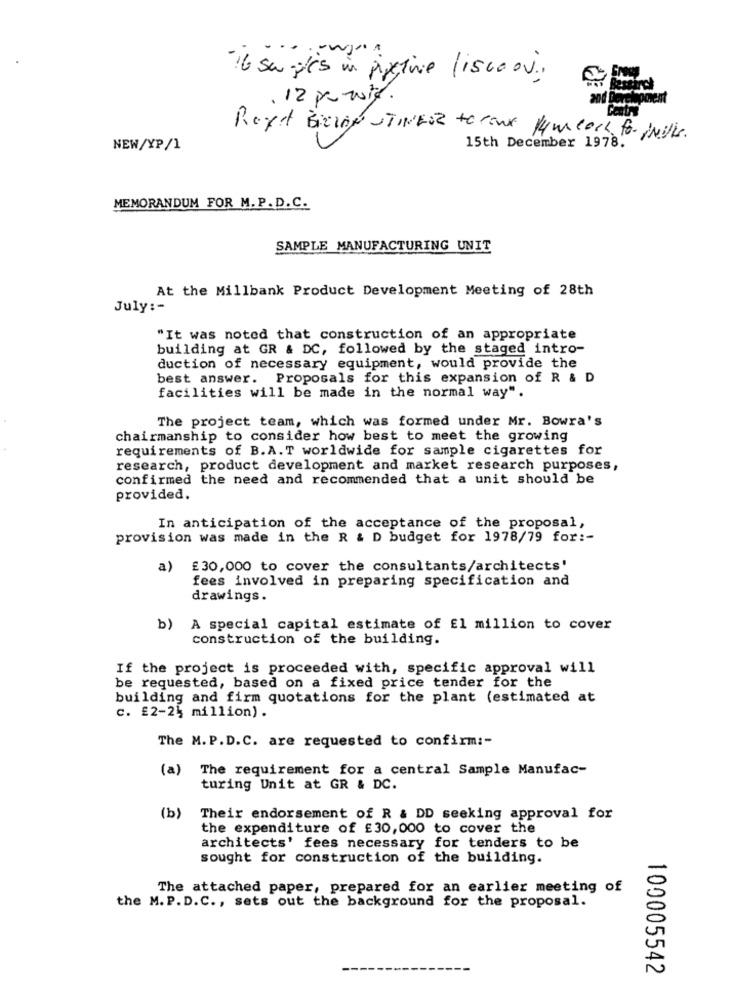
- it su ples in pyclive liscoo ..
. 12 powie.
Repet Biolog STIVERS to come low cost for initis.
NEW/XP/1
15th December 1978.
MEMORANDUM FOR M. P. D.C.
SAMPLE MANUFACTURING UNIT
At the Millbank Product Development Meeting of 28th
July :-
"It was noted that construction of an appropriate
building at GR & DC, followed by the staged intro-
duction of necessary equipment, would provide the
best answer. Proposals for this expansion of R & D
facilities will be made in the normal way".
The project team, which was formed under Mr. Bowra's
chairmanship to consider how best to meet the growing
requirements of B.A.T worldwide for sample cigarettes for
research, product development and market research purposes,
confirmed the need and recommended that a unit should be
provided.
In anticipation of the acceptance of the proposal,
provision was made in the R & D budget for 1978/79 for :-
a)
£ 30,000 to cover the consultants/architects'
fees involved in preparing specification and
drawings.
b) A special capital estimate of El million to cover
construction of the building.
If the project is proceeded with, specific approval will
be requested, based on a fixed price tender for the
building and firm quotations for the plant (estimated at
c. £2-25 million) .
The M. P.D.C. are requested to confirm :-
(a)
The requirement for a central Sample Manufac-
turing Unit at GR & DC.
(b)
Their endorsement of R & DD seeking approval for
the expenditure of £30,000 to cover the
architects' fees necessary for tenders to be
sought for construction of the building.
The attached paper, prepared for an earlier meeting of
the M. P. D. C. , sets out the background for the proposal.
100005542